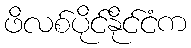
ဖိလစ်ပိုင်နိုင်ငံက